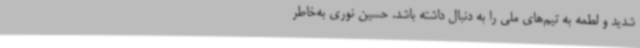
شدید و لطمه به تیم‌های ملی را به دنبال داشته باشد. حسین نوری به‌خاطر